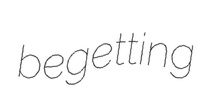
begetting